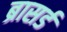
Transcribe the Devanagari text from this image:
ब्रासर्ड